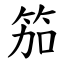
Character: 笳